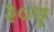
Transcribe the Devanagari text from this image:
३०ए